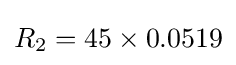
R_{2}=45\times 0.0519